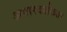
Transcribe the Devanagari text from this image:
अपारदर्शकता